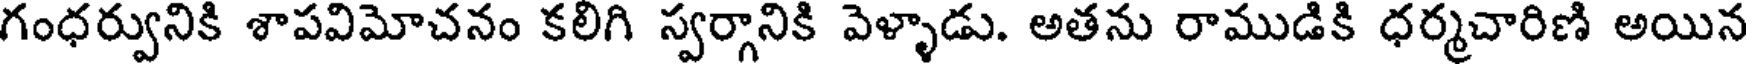
గంధర్వునికి శాపవిమోచనం కలిగి స్వర్గానికి వెళ్ళాడు. అతను రాముడికి ధర్మచారిణి అయిన